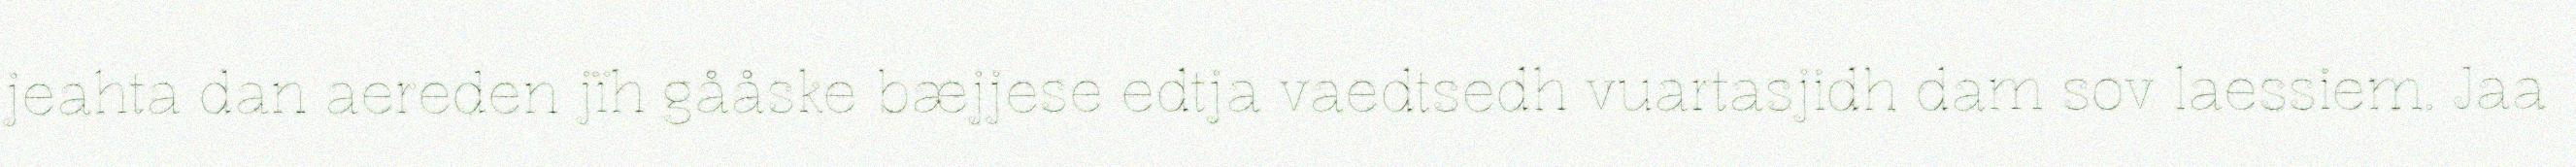
jeahta dan aereden jïh gååske bæjjese edtja vaedtsedh vuartasjidh dam sov laessiem. Jaa